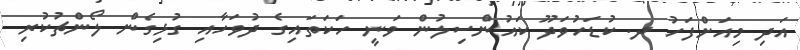
އަދި މިއަށްފަހު ދ. ކުޑަހުވަދޫ ކައުންސިލުން ވަނީ ހަކަތައިގެ ދުވަހާއި ގުޅިގެން ލޯންޗުކުރި